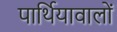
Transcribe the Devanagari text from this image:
पार्थियावालों